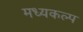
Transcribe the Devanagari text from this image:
मध्यकल्प